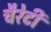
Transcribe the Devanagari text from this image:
चैरेटी